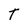
Character: T